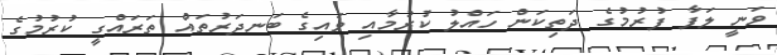
ވަނީ ލަފާ ފުރުމުގެ ދަތިކަން ހައްލު ކުރުމާއި ވައިގެ ބަނދަރުތައް ތަރައްގީ ކުރުމުގެ